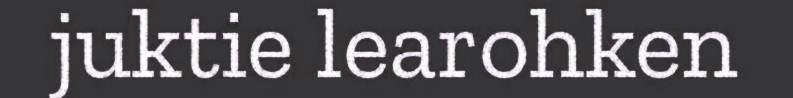
juktie learohken